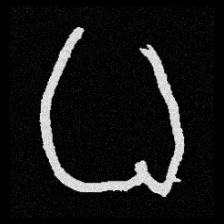
Pyu character \u2014 Myanmar letter: ဓ (romanized: dha)